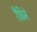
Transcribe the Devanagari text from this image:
रैविने